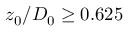
z _ { 0 } / D _ { 0 } \ge 0 . 6 2 5